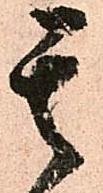
其